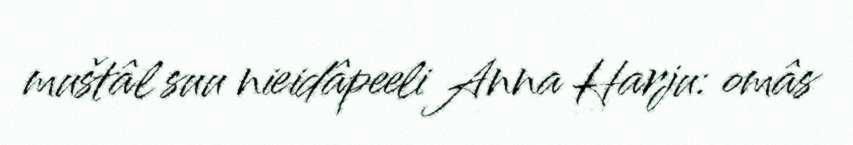
muštâl suu nieidâpeeli Anna Harju: omâs